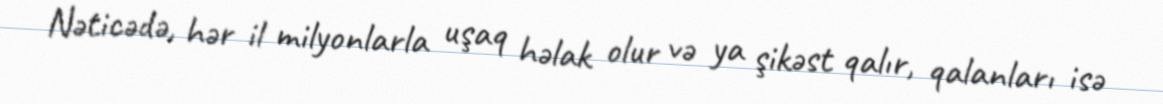
Nəticədə, hər il milyonlarla uşaq həlak olur və ya şikəst qalır, qalanları isə